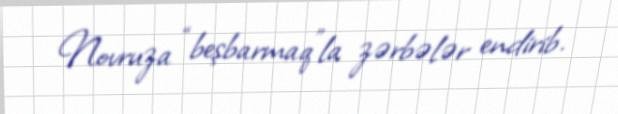
Novruza “beşbarmaq”la zərbələr endirib.